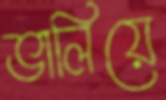
ভালিয়ে